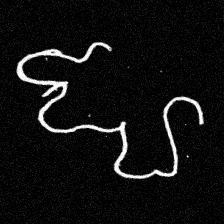
Pyu character \u2014 Myanmar letter: ဈ (romanized: jha)